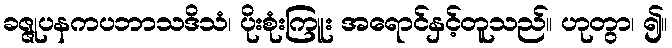
ခဇ္ဇုပနကပဘာသဒိသံ၊ ပိုးစုံးကြူး အရောင်နှင့်တူသည်။ ဟုတွာ၊ ၍။